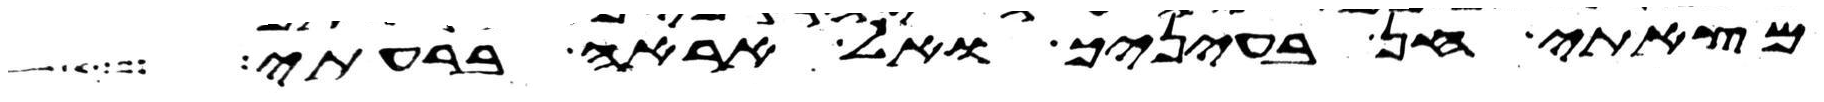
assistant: מצאתי חן בעיניך ואל אראה ברעתי